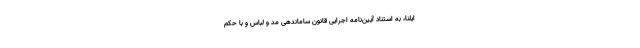
ایلنا، به استناد آیین‌نامه اجرایی قانون ساماندهی مد و لباس و با حکم